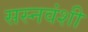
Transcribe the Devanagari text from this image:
सस्नवंशी